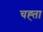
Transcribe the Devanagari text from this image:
चह्ता